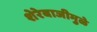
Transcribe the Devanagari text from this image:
शेरेबाजीमुळे